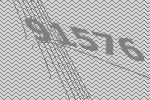
91576